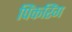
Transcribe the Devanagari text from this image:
पिंकरिंग